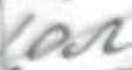
Text: 10Ω